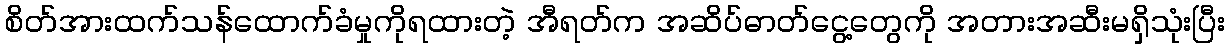
စိတ်အားထက်သန်ထောက်ခံမှုကိုရထားတဲ့ အီရတ်က အဆိပ်ဓာတ်ငွေ့တွေကို အတားအဆီးမရှိသုံးပြီး